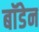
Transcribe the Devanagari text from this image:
बाॅडेन